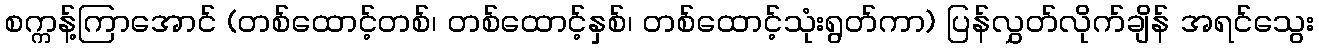
စက္ကန့်ကြာအောင် (တစ်ထောင့်တစ်၊ တစ်ထောင့်နှစ်၊ တစ်ထောင့်သုံးရွတ်ကာ) ပြန်လွှတ်လိုက်ချိန် အရင်သွေး